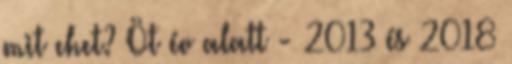
mit ehet? Öt év alatt - 2013 és 2018